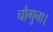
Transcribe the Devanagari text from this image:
चौगुना।